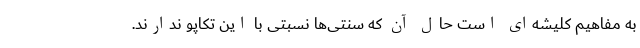
به مفاهیم کلیشه‌ای است حال آن که سنتی‌ها نسبتی با این تکاپو ندارند.